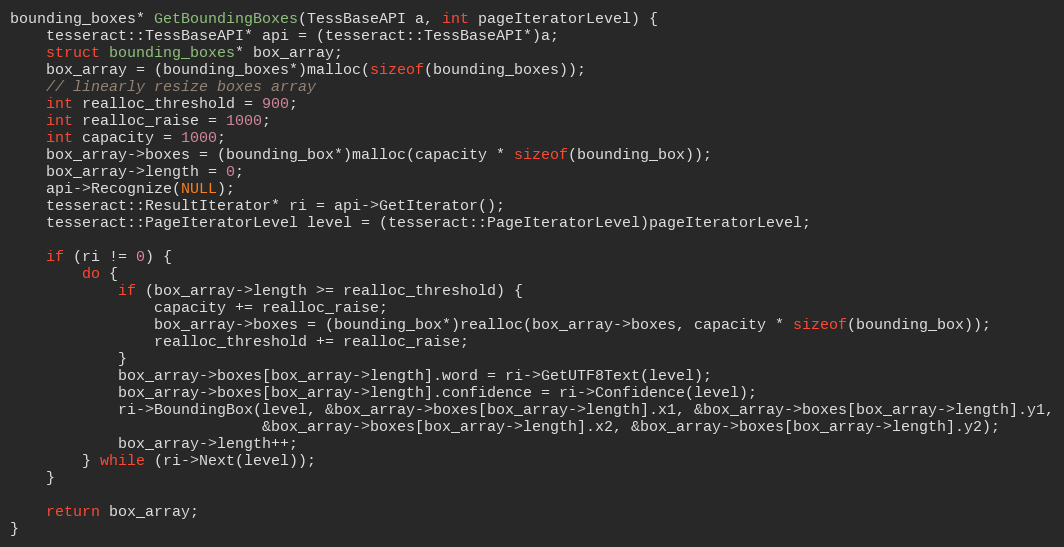
Language: C++
bounding_boxes* GetBoundingBoxes(TessBaseAPI a, int pageIteratorLevel) {
    tesseract::TessBaseAPI* api = (tesseract::TessBaseAPI*)a;
    struct bounding_boxes* box_array;
    box_array = (bounding_boxes*)malloc(sizeof(bounding_boxes));
    // linearly resize boxes array
    int realloc_threshold = 900;
    int realloc_raise = 1000;
    int capacity = 1000;
    box_array->boxes = (bounding_box*)malloc(capacity * sizeof(bounding_box));
    box_array->length = 0;
    api->Recognize(NULL);
    tesseract::ResultIterator* ri = api->GetIterator();
    tesseract::PageIteratorLevel level = (tesseract::PageIteratorLevel)pageIteratorLevel;

    if (ri != 0) {
        do {
            if (box_array->length >= realloc_threshold) {
                capacity += realloc_raise;
                box_array->boxes = (bounding_box*)realloc(box_array->boxes, capacity * sizeof(bounding_box));
                realloc_threshold += realloc_raise;
            }
            box_array->boxes[box_array->length].word = ri->GetUTF8Text(level);
            box_array->boxes[box_array->length].confidence = ri->Confidence(level);
            ri->BoundingBox(level, &box_array->boxes[box_array->length].x1, &box_array->boxes[box_array->length].y1,
                            &box_array->boxes[box_array->length].x2, &box_array->boxes[box_array->length].y2);
            box_array->length++;
        } while (ri->Next(level));
    }

    return box_array;
}